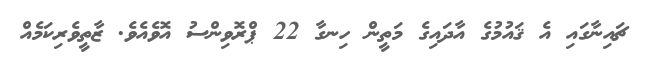
ޗައިނާގައި އެ ޤައުމުގެ އާދައިގެ މަތީން ހިނގާ 22 ޕްރޮވިންސު އޮވެއެވެ. ޒާތީވެރިކަމެއް